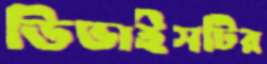
ডিভাইসটির